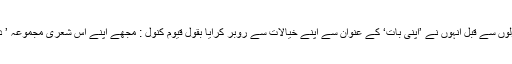
قیوم کنولؔ نے اپنے شعری مجموعے میں اظہارِ غزلوں سے قبل انہوں نے ’اپنی بات‘ کے عنوان سے اپنے خیالات سے روبر کرایا بقول قیوم کنولؔ : مجھے اپنے اس شعری مجموعہ ’ دوپہر کی دھوپ ‘ کی اشاعت پر بے حد خوشی ہے ۔